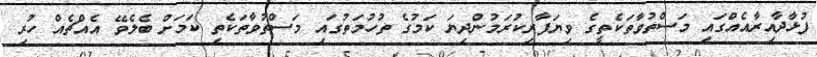
ފުޅާދާއިރާއެއްގައި މަސްތުވާތަކެތީގެ ވިޔަފާރިކުރަމުންދިޔަ ކަމުގެ ތުހުމަތުގައި މަސްތުވާތަކެތި ކަމަށް ބެލެވޭ އެއްޗެއް ހުރި